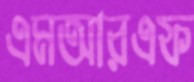
এমআরএফ